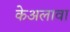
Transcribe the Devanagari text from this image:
केअलावा